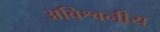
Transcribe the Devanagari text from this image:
अविश्वनीय